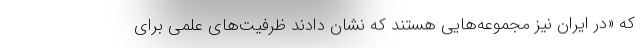
که «در ایران نیز مجموعه‌هایی هستند که نشان دادند ظرفیت‌های علمی برای